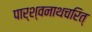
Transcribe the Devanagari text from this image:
पार्श्वनाथचरित्